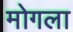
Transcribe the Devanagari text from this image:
मोगला